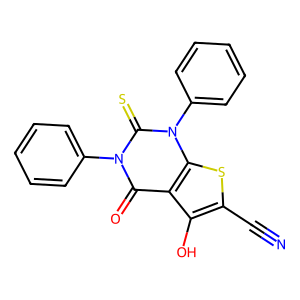
SMILES: N#Cc1sc2c(c1O)c(=O)n(-c1ccccc1)c(=S)n2-c1ccccc1
Inhibits HIV replication: No